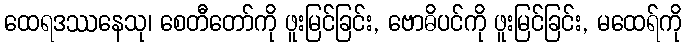
ထေရဒဿနေသု၊ စေတီတော်ကို ဖူးမြင်ခြင်း, ဗောဓိပင်ကို ဖူးမြင်ခြင်း, မထေရ်ကို